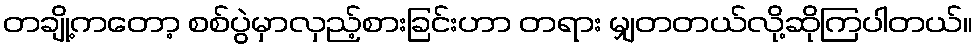
တချို့ကတော့ စစ်ပွဲမှာလှည့်စားခြင်းဟာ တရား မျှတတယ်လို့ဆိုကြပါတယ်။